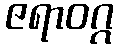
ဇရာဝဂ္ဂ